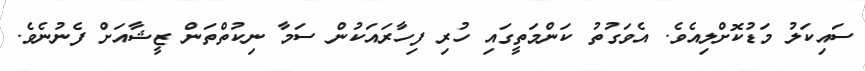
ސައިކަލު މަޑުކޮށްލިއެވެ. އެވަގުތު ކަންމަތީގައި ހުރި ފިހާރައަކުން ސަމާ ނިކުތްތަން ޒީޝާއަށް ފެނުނެވެ.